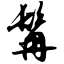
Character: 髯